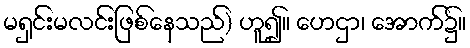
မရှင်းမလင်းဖြစ်နေသည်) ဟူ၍။ ဟေဌာ၊ အောက်၌။